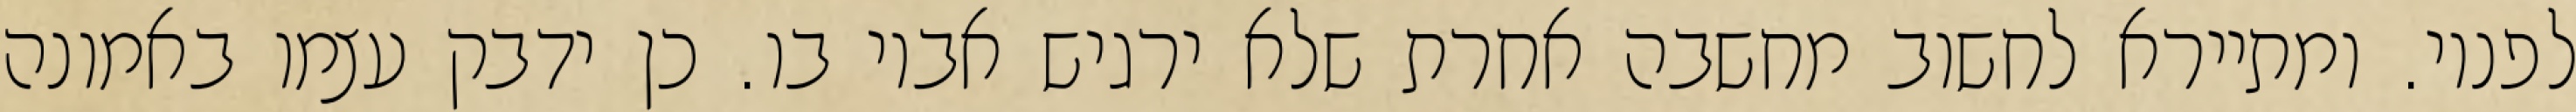
לפניו. ומתיירא לחשוב מחשבה אחרת שלא ירגיש אביו בו. כן ידבק עצמו באמונה